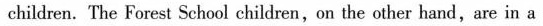
children.The Forest School children,on the other hand,are in a